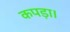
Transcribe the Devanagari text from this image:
कपड़ा।